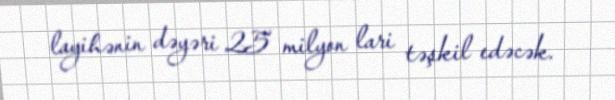
layihənin dəyəri 25 milyon lari təşkil edəcək.